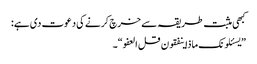
کبھی مثبت طریقہ سے خرچ کرنے کی دعوت دی ہے:
”یسئلونک ماذا ینفقون قل العفو“۔